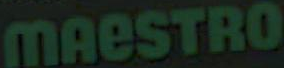
MAESTRO